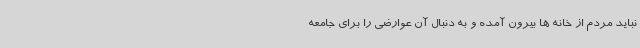
نباید مردم از خانه ها بیرون آمده و به دنبال آن عوارضی را برای جامعه